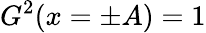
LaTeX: G^{2}(x=\pm A)=1